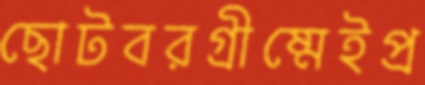
ছোটবরগ্রীষ্মেইপ্র